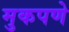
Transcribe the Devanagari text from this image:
मुकपणे